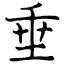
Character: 垂